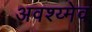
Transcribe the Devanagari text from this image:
अवश्य्मेव